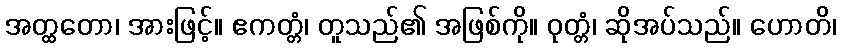
အတ္ထတော၊ အားဖြင့်။ ဧကတ္တံ၊ တူသည်၏ အဖြစ်ကို။ ဝုတ္တံ၊ ဆိုအပ်သည်။ ဟောတိ၊